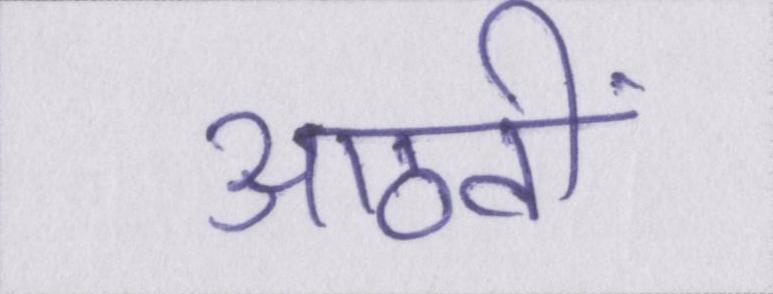
आठवीं